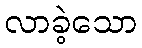
လာခဲ့သော